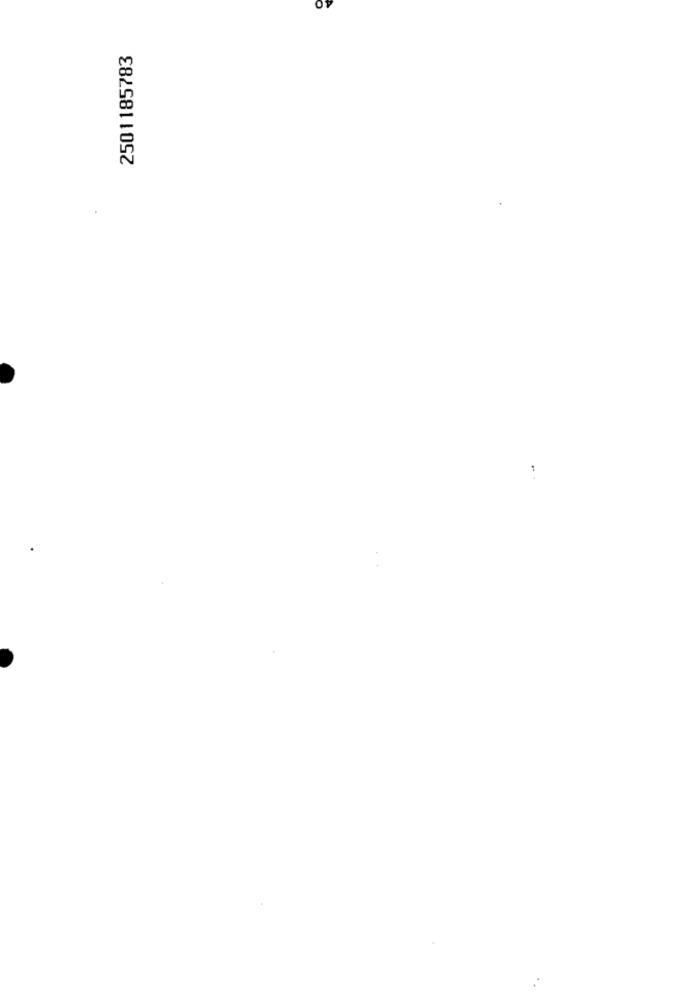
2501185783